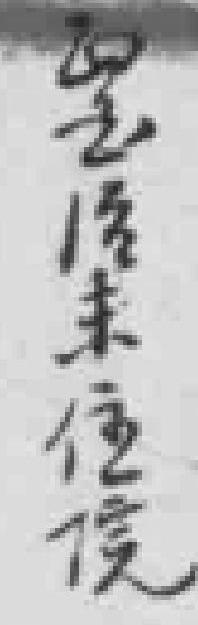
醫治未住院